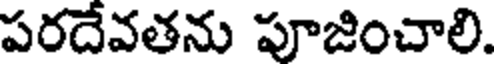
పరదేవతను పూజించాలి.